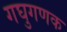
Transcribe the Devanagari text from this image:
गघुगणक